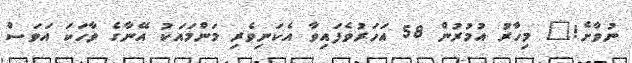
ނުވާށެ!" މިހާރު އުމުރުން 58 އަހަރުވެފައިވާ އެކަނިވެރި މަންމައަކު އޭނާގެ ވާހަކަ އަވަސް